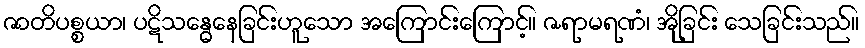
ဇာတိပစ္စယာ၊ ပဋိသန္ဓေနေခြင်းဟူသော အကြောင်းကြောင့်။ ဇရာမရဏံ၊ အိုခြင်း သေခြင်းသည်။